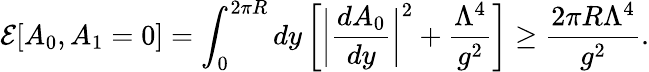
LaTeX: {\cal E}[A_{0},A_{1}=0]=\int_{0}^{2\pi R}dy\left[\bigg|\frac{dA_{0}}{dy}\bigg|^{2}+\frac{\Lambda^{4}}{g^{2}}\right]\geq\frac{2\pi R\Lambda^{4}}{g^{2}}.